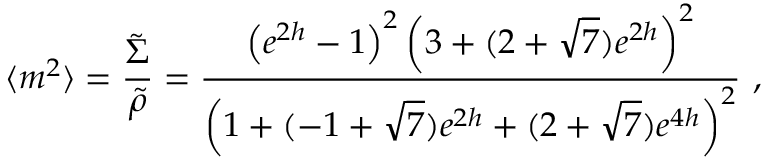
\langle m ^ { 2 } \rangle = { \frac { \tilde { \Sigma } } { \tilde { \rho } } } = { \frac { \left( e ^ { 2 h } - 1 \right) ^ { 2 } \left( 3 + ( 2 + \sqrt { 7 } ) e ^ { 2 h } \right) ^ { 2 } } { \left( 1 + ( - 1 + \sqrt { 7 } ) e ^ { 2 h } + ( 2 + \sqrt { 7 } ) e ^ { 4 h } \right) ^ { 2 } } } \ ,